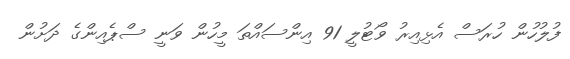
ފުލުހުން ހުރަސް އެޅިއިރު ވޯޓުލީ 91 އިންސައްތަ މީހުން ވަނީ ސްޕެއިންގެ ދަށުން